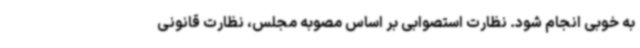
به خوبی انجام شود. نظارت استصوابی بر اساس مصوبه مجلس، نظارت قانونی